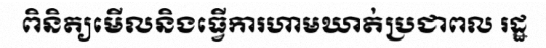
ពិនិត្យមើលនិងធ្វើការហាមឃាត់ប្រជាពល រដ្ឋ